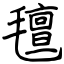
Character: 氊